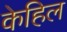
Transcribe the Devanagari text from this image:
केहिल